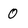
Character: 0